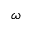
\omega